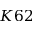
K 6 2